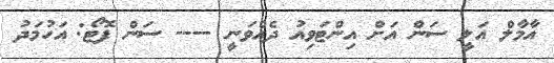
އާމާލް އަލީ ސަން އަށް އިންޓަވިއު ދެއްވަނީ ---- ސަން ފޮޓޯ: އަހުމަދު